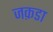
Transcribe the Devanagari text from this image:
जक़डा